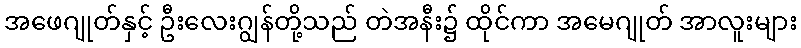
အဖေဂျုတ်နှင့် ဦးလေးဂျွန်တို့သည် တဲအနီး၌ ထိုင်ကာ အမေဂျုတ် အာလူးများ